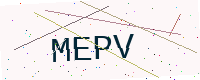
Text: MEPV